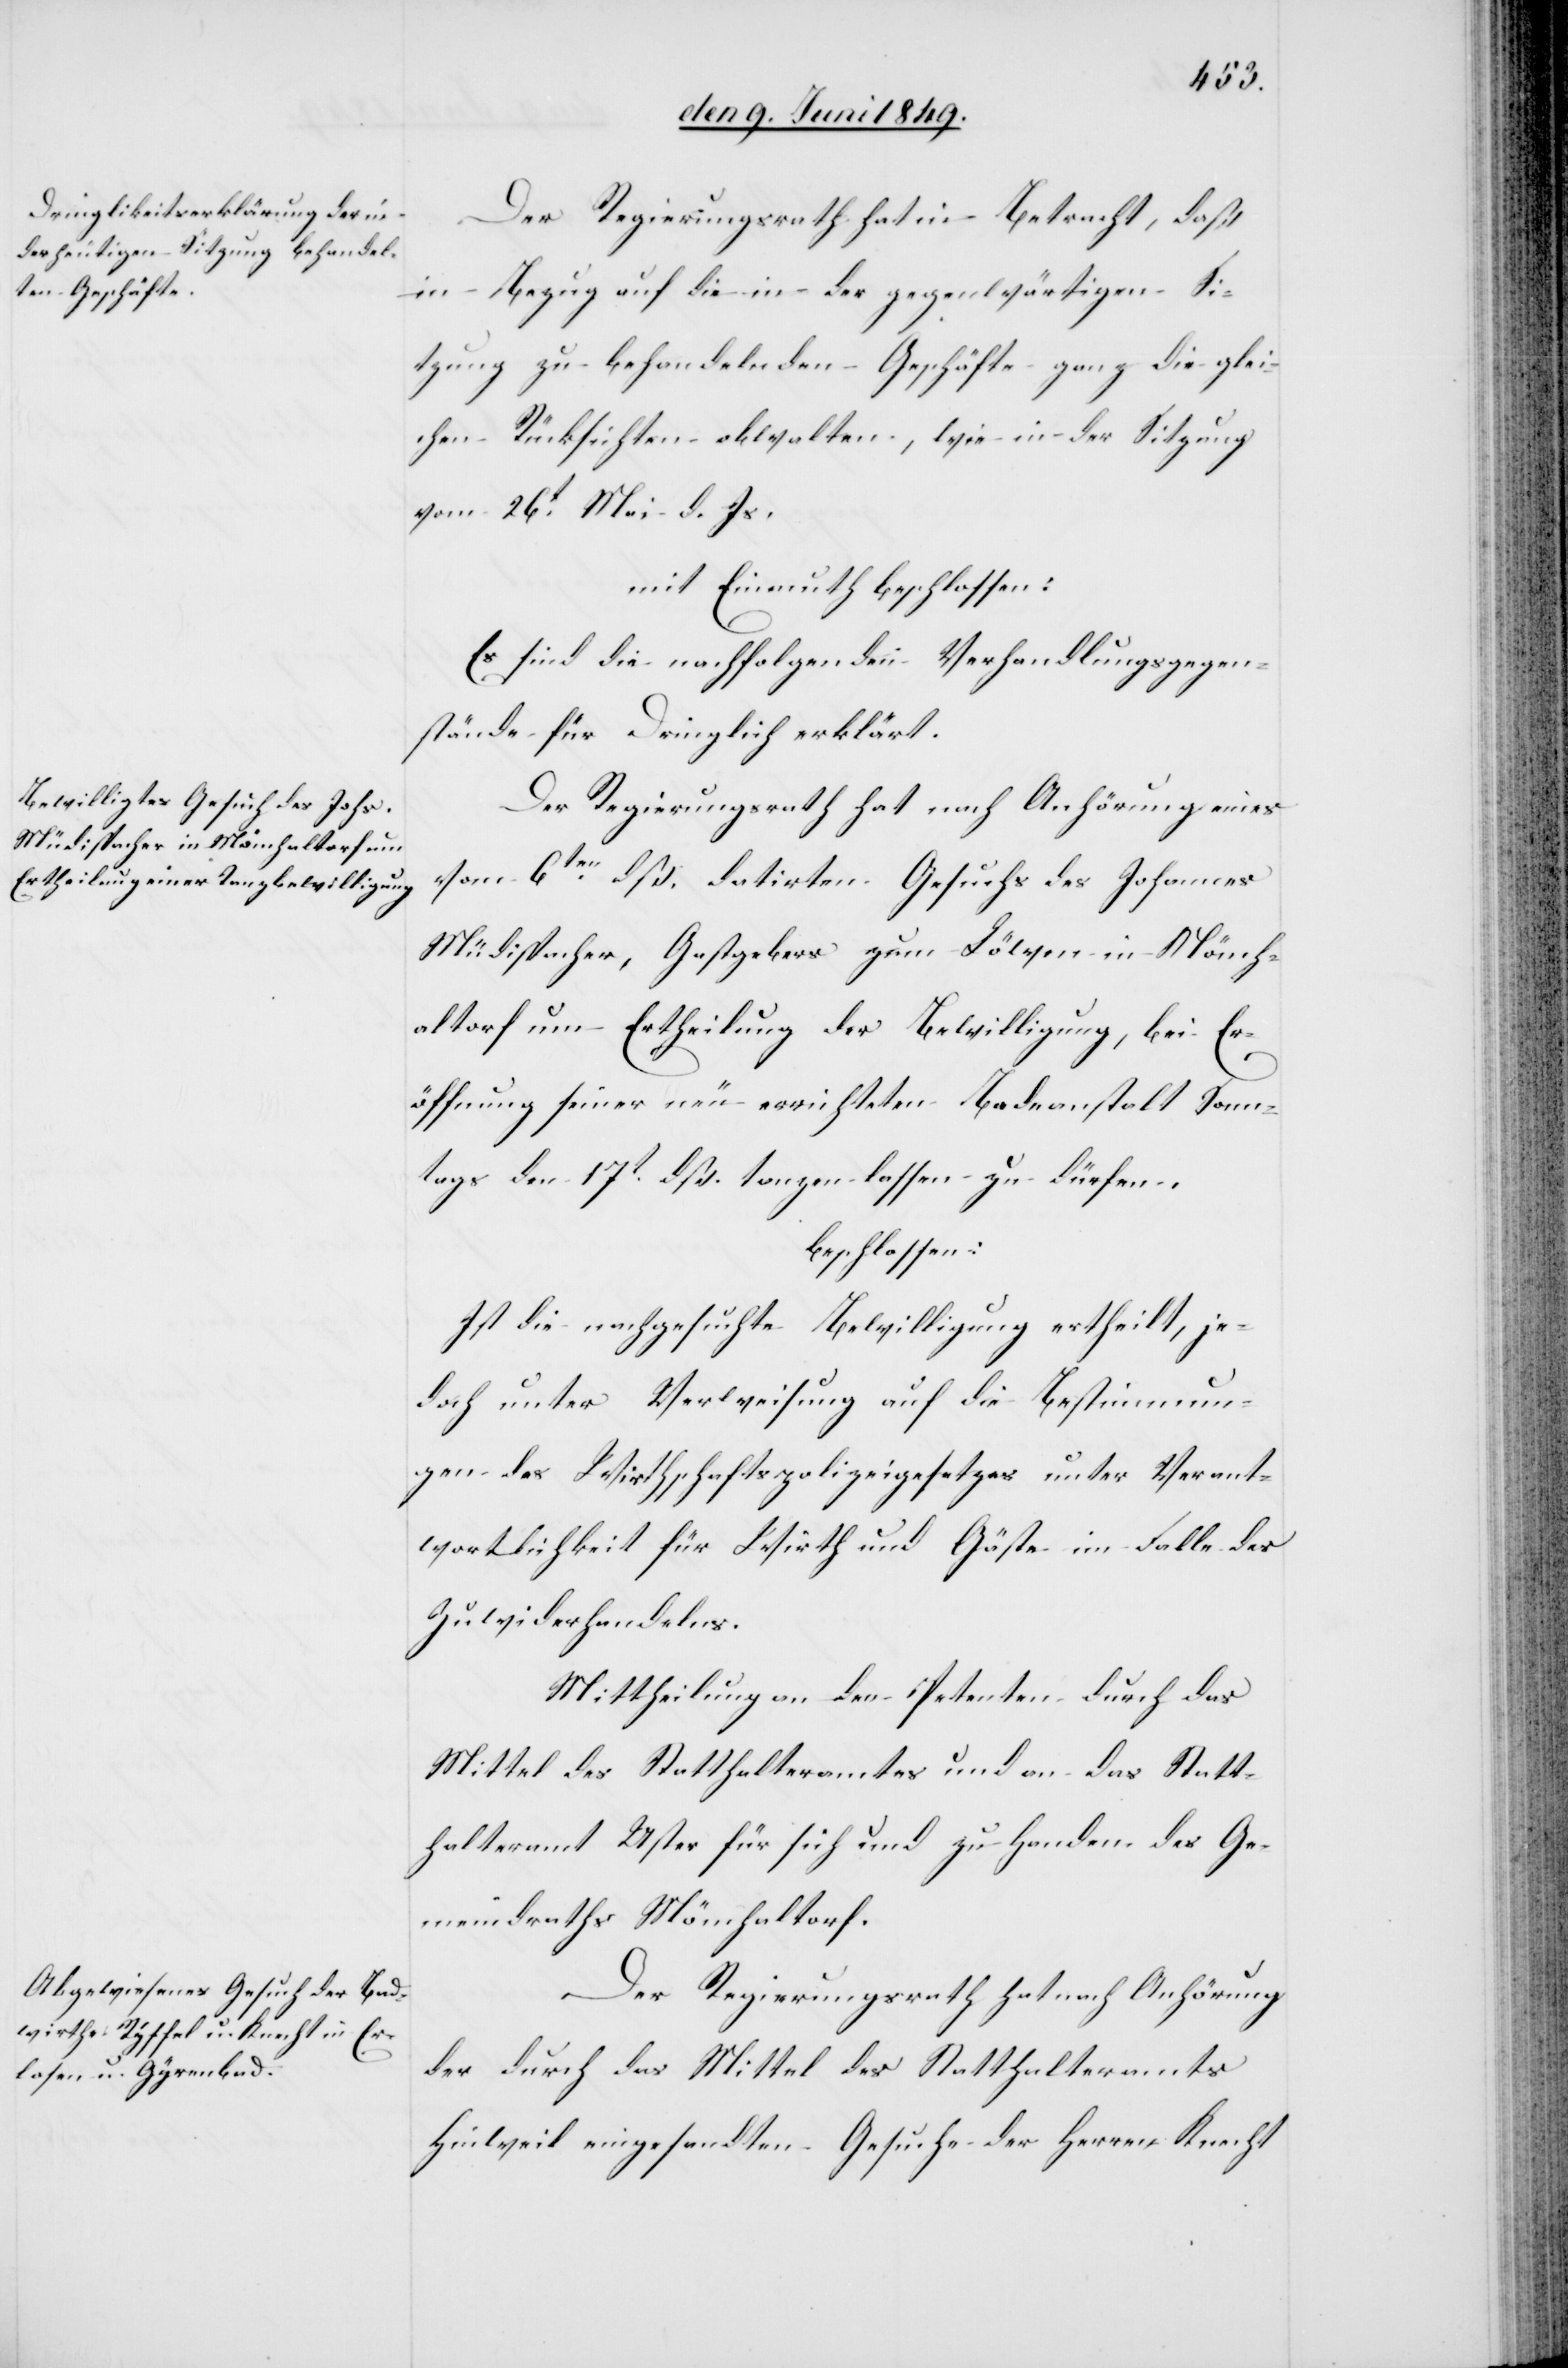
Der Regierungsrath hat in Betracht, daß
in Bezug auf die in der gegenwärtigen Si¬
tzung zu behandelnden Geschäfte ganz die glei¬
chen Rücksichten obwalten, wie in der Sitzung
vom 26t Mai d. Js.
mit Einmuth beschlossen:
Es sind die nachfolgenden Verhandlungsgegen¬
stände für Dringlich erklärt.
Der Regierungsrath hat nach Anhörung eines
vom 6ten dß. datirten Gesuchs des Johannes
Müdispacher, Gastgebers zum Löwen in Mönch¬
altorf um Ertheilung der Bewilligung, bei Er¬
öffnung seiner neu errichteten Badeanstalt Sonn¬
tags den 17t dß. tanzen lassen zu dürfen.
beschlossen:
Ist die nachgesuchte Bewilligung ertheilt, je¬
doch unter Verweisung auf die Bestimmun¬
gen des Wirthschaftspolizeigesetzes unter Verant¬
wortlichkeit für Wirth und Gäste im Falle des
Zuwiderhandelns.
Mittheilung an den Petenten durch das
Mittel des Statthalteramtes und an das Statt¬
halteramt Uster für sich und zu Handen des Ge¬
meindrathes Mönchaltorf.
Der Regierungsrath hat nach Anhörung
der durch das Mittel des Statthalteramts
Hinweil eingesandten Gesuche der Herren Knecht